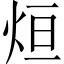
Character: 烜